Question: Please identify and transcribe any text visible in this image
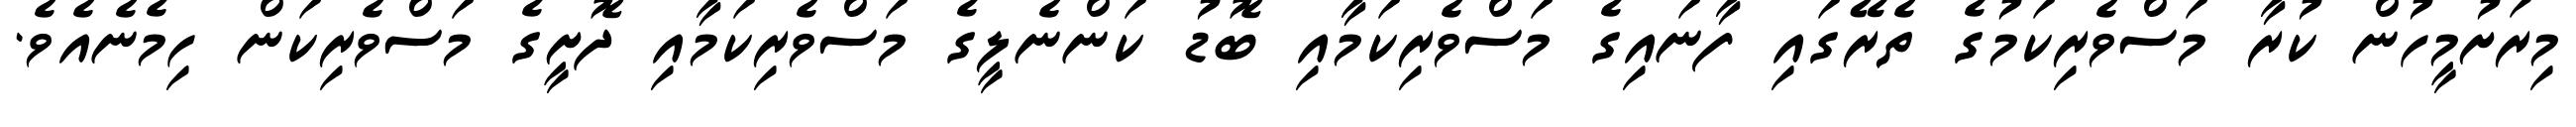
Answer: މިރަށުމީހުން ކުރާ މަސްވެރިކަމުގެ ތެރޭގައި ފާނައިގެ މަސްވެރިކަމާއި ބޮޑު ކަންނެލީގެ މަސްވެރިކަމާއި ދޮށީގެ މަސްވެރިކަން ހިމެނެއެވެ.